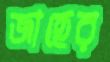
জাহের